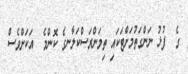
ގެ  ފުޅު ނަންގަތުމަށްޓަކައި ތިމަންރަސްކަލާނގެ ކޮންމެ  އަކަށްވެސް